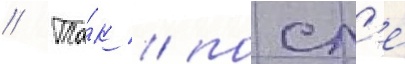
// Та́к / посл'е